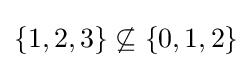
\{1,2,3\}\not \subseteq \{0,1,2\}